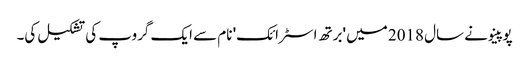
پوپینو نے سال 2018 میں 'برتھ اسٹرائک' نام سے ایک گروپ کی تشکیل کی۔